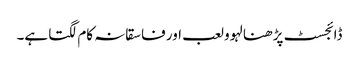
ڈائجسٹ پڑھنا لہوو لعب اور فاسقانہ کام لگتا ہے۔